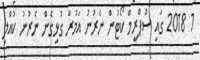
1 2018 ގައި ސުޕްރީމް ކޯޓުން ނެރުނު އަމުރާ ގުޅިގެން ނެރުނު ކުއްލި